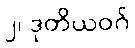
၂၊ ဒုတိယဝဂ်